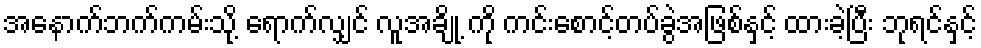
အနောက်ဘက်ကမ်းသို့ ရောက်လျှင် လူအချို့ ကို ကင်းစောင့်တပ်ခွဲအဖြစ်နှင့် ထားခဲ့ပြီး ဘုရင်နှင့်